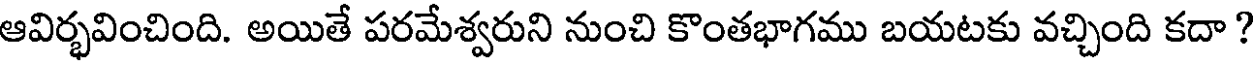
ఆవిర్భవించింది. అయితే పరమేశ్వరుని నుంచి కొంతభాగము బయటకు వచ్చింది కదా?